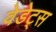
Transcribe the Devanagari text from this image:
वेडेट्स